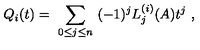
Q _ { i } ( t ) = \ \sum _ { 0 \leq j \leq n } \ ( - 1 ) ^ { j } L _ { j } ^ { ( i ) } ( A ) t ^ { j } \ ,